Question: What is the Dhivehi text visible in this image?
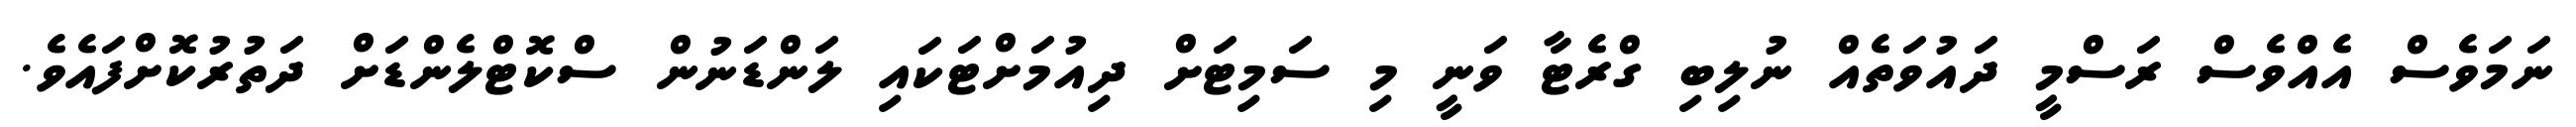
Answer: ނަމަވެސް އެއްވެސް ރަސްމީ ދައުވަތެއް ނުލިބި ގްރެޓާ ވަނީ މި ސަމިޓަށް ދިއުމަށްޓަކައި ލަންޑަނުން ސްކޮޓްލެންޑަށް ދަތުރުކޮށްފައެވެ.